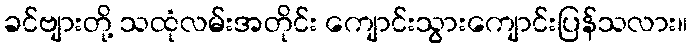
ခင်ဗျားတို့ သထုံလမ်းအတိုင်း ကျောင်းသွားကျောင်းပြန်သလား။